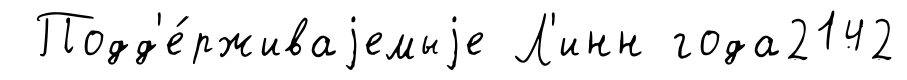
Подд'е́рживаjемыjе Л'инн года2142